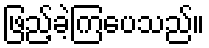
ဖြည့်ခဲ့ကြပေသည်။